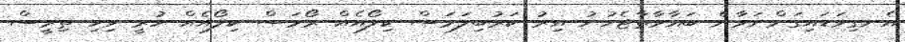
އެނގިވަޑައިގަންނަވާނެ ބަޣާވާތާޖެހުނު އިރު ކަރުބިލަމަސް ކިލޯއެއް ރޯމަސް ކިލޯއެއް ހުރީ ވިހި ތިރީސް